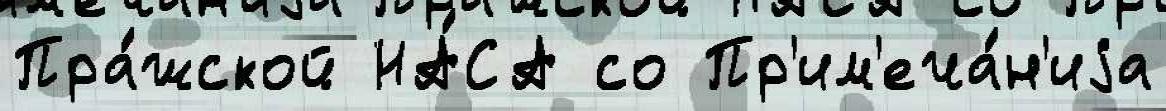
Пра́жской НА́СА со Пр'им'еча́н'иjа